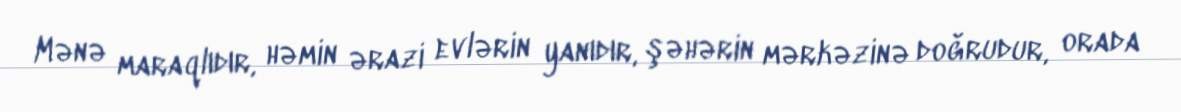
Mənə maraqlıdır, həmin ərazi evlərin yanıdır, şəhərin mərkəzinə doğrudur, orada